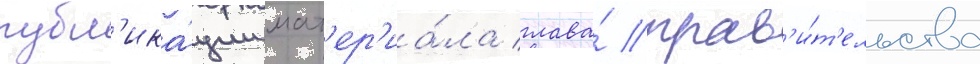
публ'ика́ции мат'ер'иа́ла глава́ прав'и́т'ельства